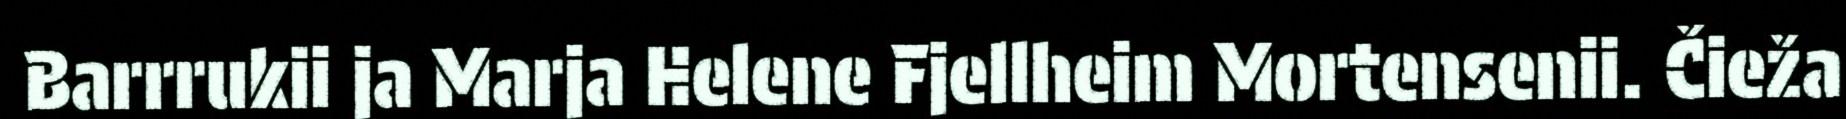
Barrrukii ja Marja Helene Fjellheim Mortensenii. Čieža